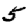
Digit: 5